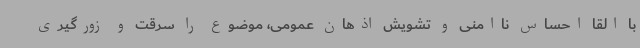
با القا احساس ناامنی و تشویش اذهان عمومی، موضوع را سرقت و زورگیری